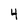
Character: 4